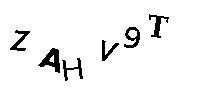
ZAHV9T